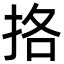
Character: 挌